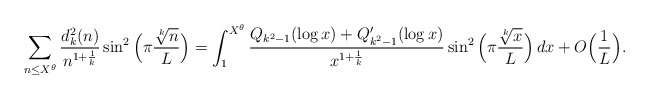
\begin{align*} \sum_{n \le X^{\theta}} \frac{d_k^2(n)}{n^{1+\frac1k}}\sin^2\Big(\pi \frac{\sqrt[k]{n}}{L} \Big) =\int_1^{X^{\theta}}\frac{Q_{k^2-1}(\log x)+Q_{k^2-1}'(\log x)}{x^{1+\frac1k}} \sin^2\Big(\pi \frac{\sqrt[k]{x}}{L} \Big) \, dx+O\Big(\frac{1}{L} \Big).\end{align*}